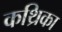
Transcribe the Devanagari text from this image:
कथ्रिका